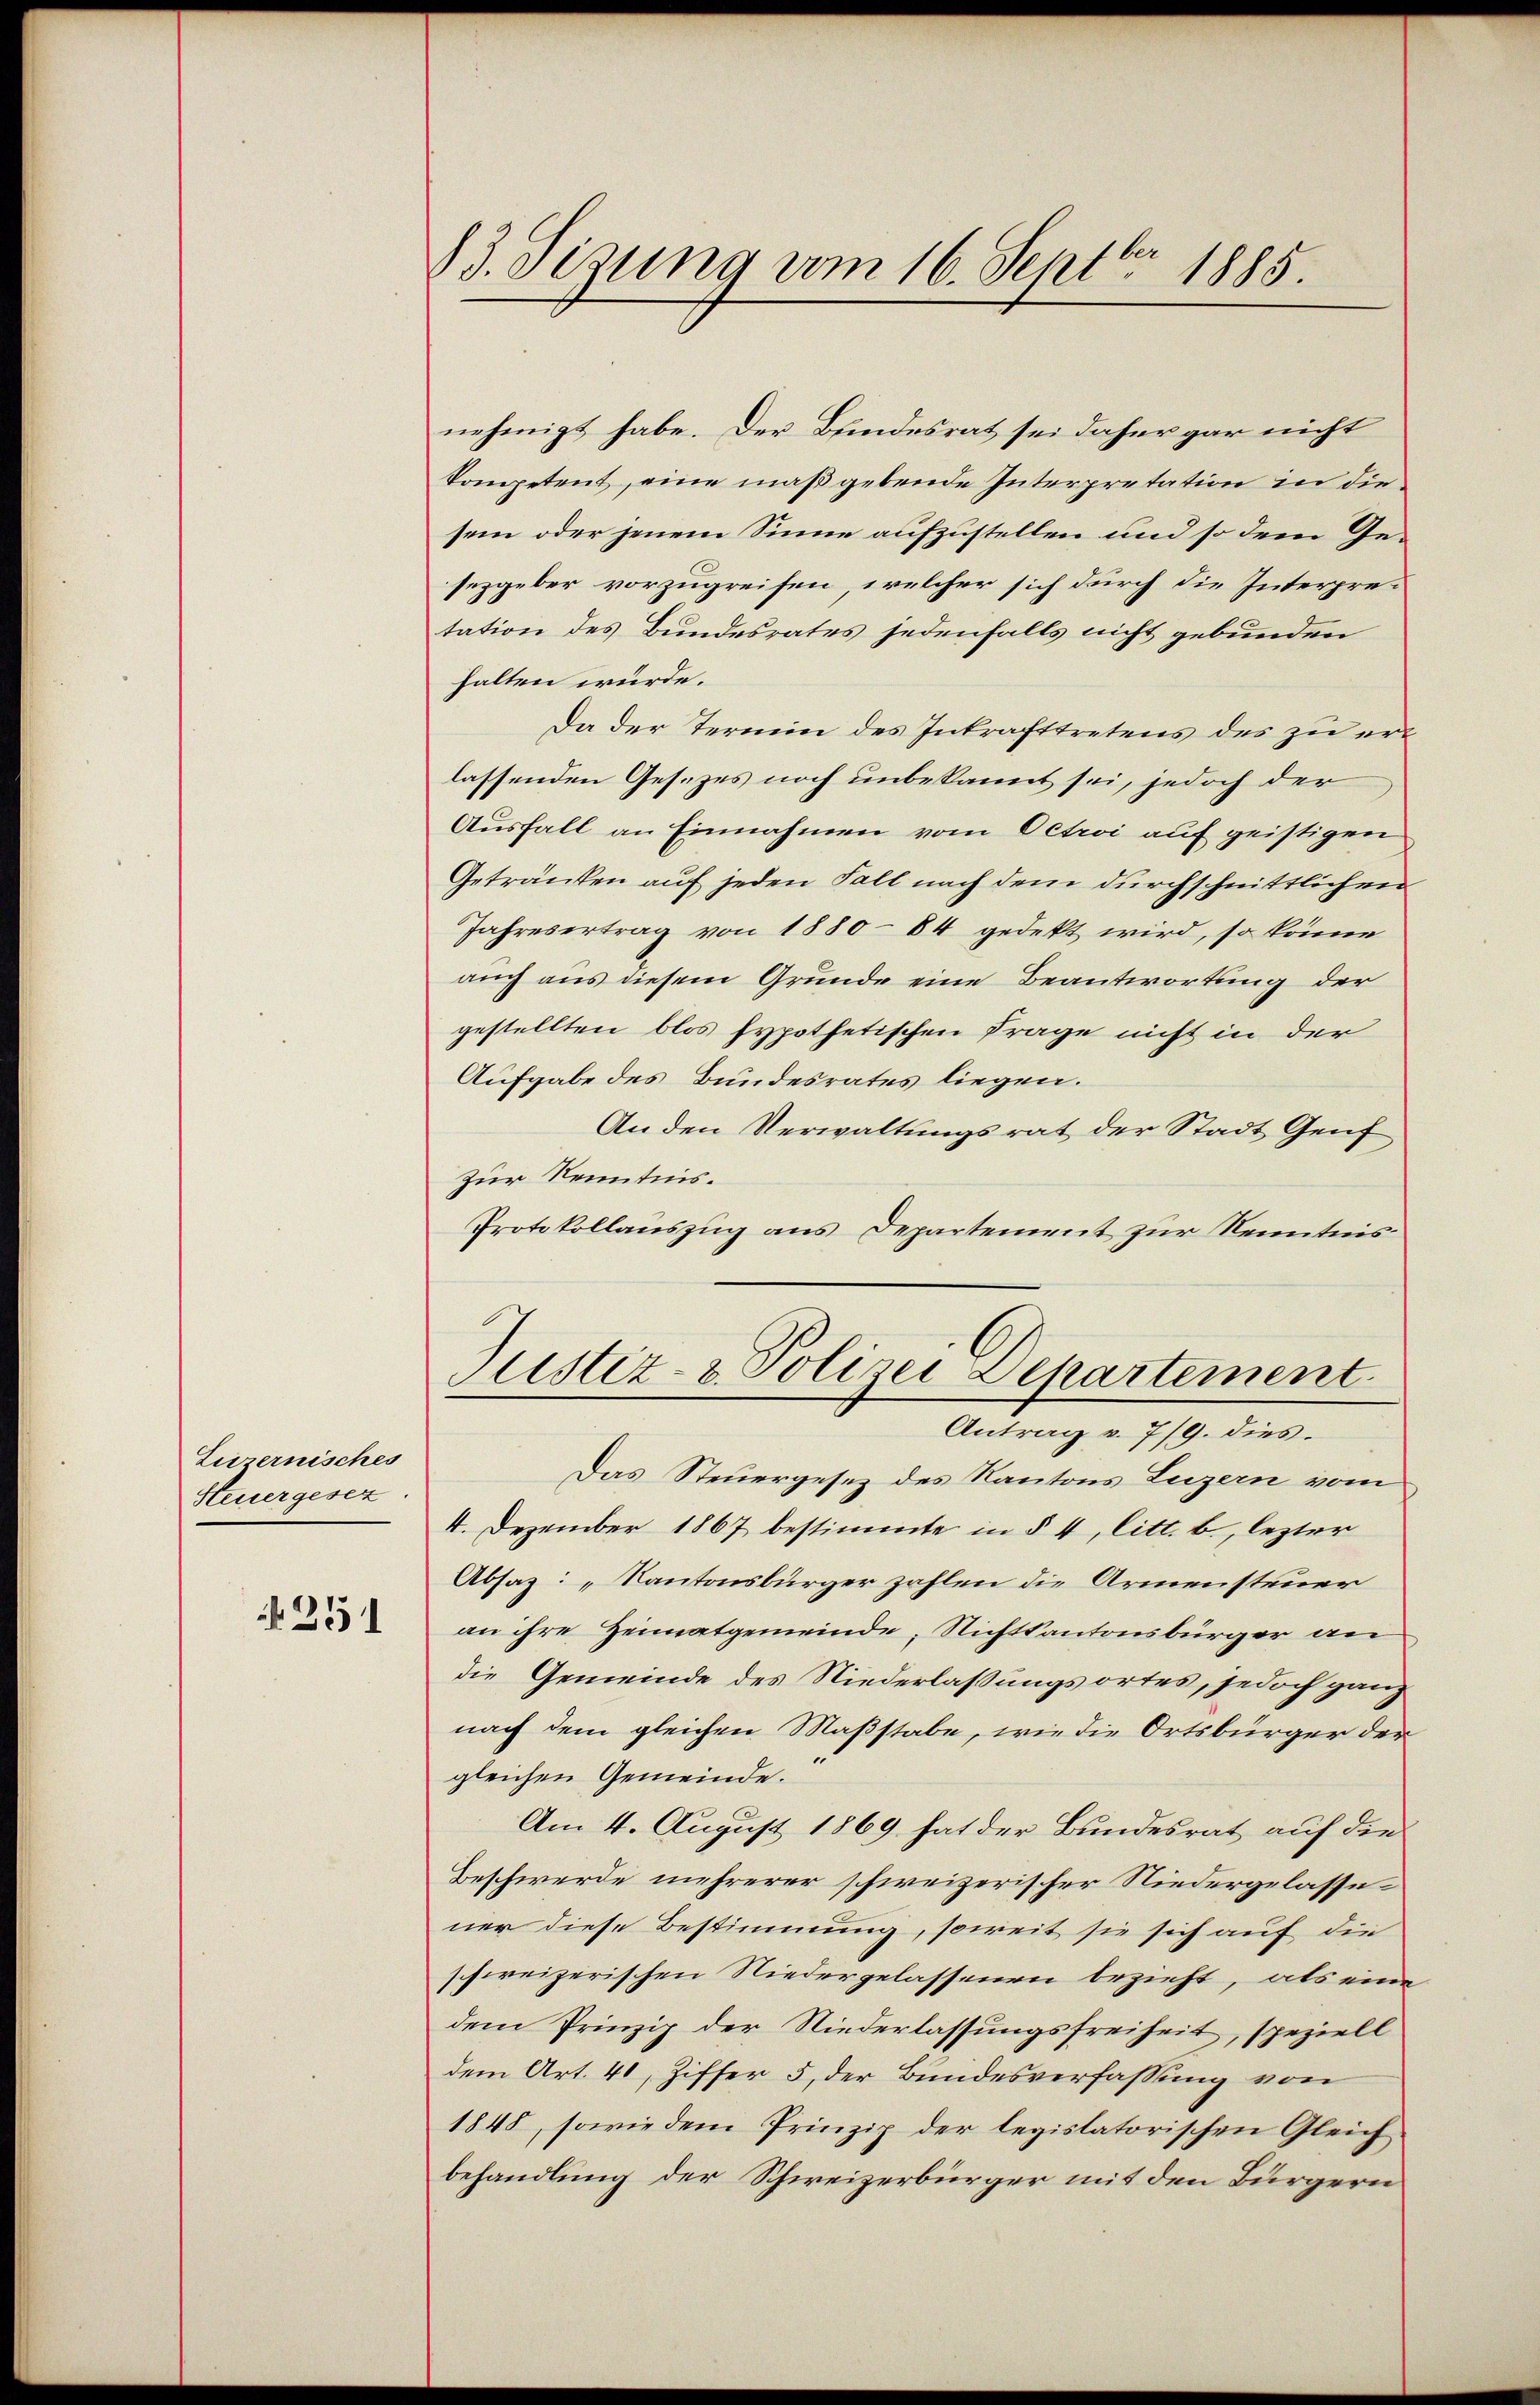
Luzernisches
Steuergesez.

251

83. Sizung vom 16. Septbr 1885.

nehmigt habe. Der Bundesrat sei daher gar nicht
kompetent, eine maßgebende Interpretation in diesein oder jenem Sinne aufzustellen und so dem Gesezgeber vorzugreifen, welcher sich durch die Interpretation des Bundesrates jedenfalls nicht gebunden
halten würde.
Da der Termin des Inkrafttretens des zu erlassenden Gesetzes noch unbekannt sei, jedoch der
Ausfall an Einnahmen vom Octroi auf geistigen
Getränken auf jeden Fall nach dem durchschnittlichen
Jahresertrag von 1880 84 gedekt wird, so könne
auch aus diesem Grunde eine Beantwortung der
gestellten blos hypothetischen Frage nicht in der
Aufgabe des Bundesrates liegen.
An den Verwaltungsrat der Stadt Genf
zur Kenntnis.
Protokollauszug aus Departement zur Kenntnis
Justiz- & Polizei Departement
Antrag v. 7/9. dies.
Das Steuergesez des Kantons Luzern vom
4. Dezember 1867 bestimmte in § 4, litt. b., lezter
Absaz: „Kantonsbürger zahlen die Armensteuer
an ihre Heimatgemeinde, Nichtkantonsbürger an
die Gemeinde des Niederlaßungsortes, jedoch ganz
nach dem gleichen Maßstabe, wie die Ortsbürger der
gleichen Gemeinde.
Am 4. August 1869 hat der Bundesrat auf die
Beschwerde mehrerer schweizerischer Niedergelasse
ner diese Bestimmung, soweit sie sich auf die
schweizerischen Niedergelassenen bezieht, als eine
dem Prinzip der Niederlassungsfreiheit, speziell
dem Art. 41, Ziffer 5, der Bundesverfassung von
1848, sowie dem Prinzip der legislatorischen Gleich
behandlung der Schweizerbürger mit den Bürgern